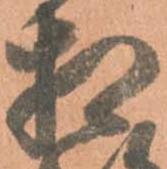
相